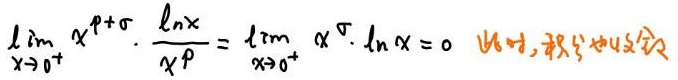
\[ \lim_{x \to 0^{+}} x^{\rho + \sigma} \cdot \frac{\ln x}{x^{\rho}} = \lim_{x \to 0^{+}} x^{\sigma} \cdot \ln x = 0 \]